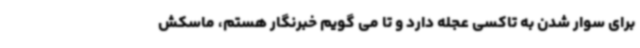
برای سوار شدن به تاکسی عجله دارد و تا می گویم خبرنگار هستم، ماسکش